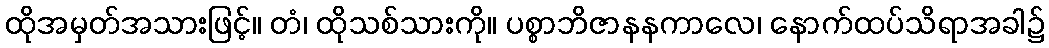
ထိုအမှတ်အသားဖြင့်။ တံ၊ ထိုသစ်သားကို။ ပစ္စာဘိဇာနနကာလေ၊ နောက်ထပ်သိရာအခါ၌